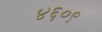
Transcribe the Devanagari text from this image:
४६०९